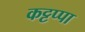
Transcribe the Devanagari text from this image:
कट्टप्पा